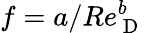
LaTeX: f=a/Re_{\mathrm{~D~}}^{b}